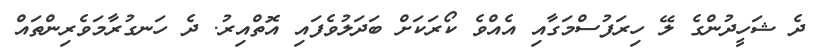
ދެ ޝަހީދުންގެ ލޭ ހިރަފުސްމަގާއި އެއްވެ ކޯރަކަށް ބަދަލުވެފައި އޮތްއިރު. ދެ ހަނގުރާމަވެރިންތައް